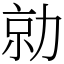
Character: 勍